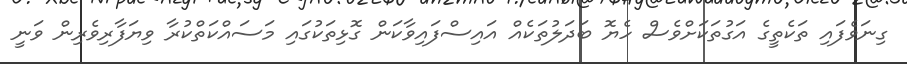
ގިނަވެފައި ތަކެތީގެ އަގުތަކަށްވެސް ހެޔޮ ބަދަލުތަކެއް އައިސްފައިވާކަން ގޮޅިތަކުގައި މަސައްކަތްކުރާ ވިޔަފާރިވެރިން ވަނީ